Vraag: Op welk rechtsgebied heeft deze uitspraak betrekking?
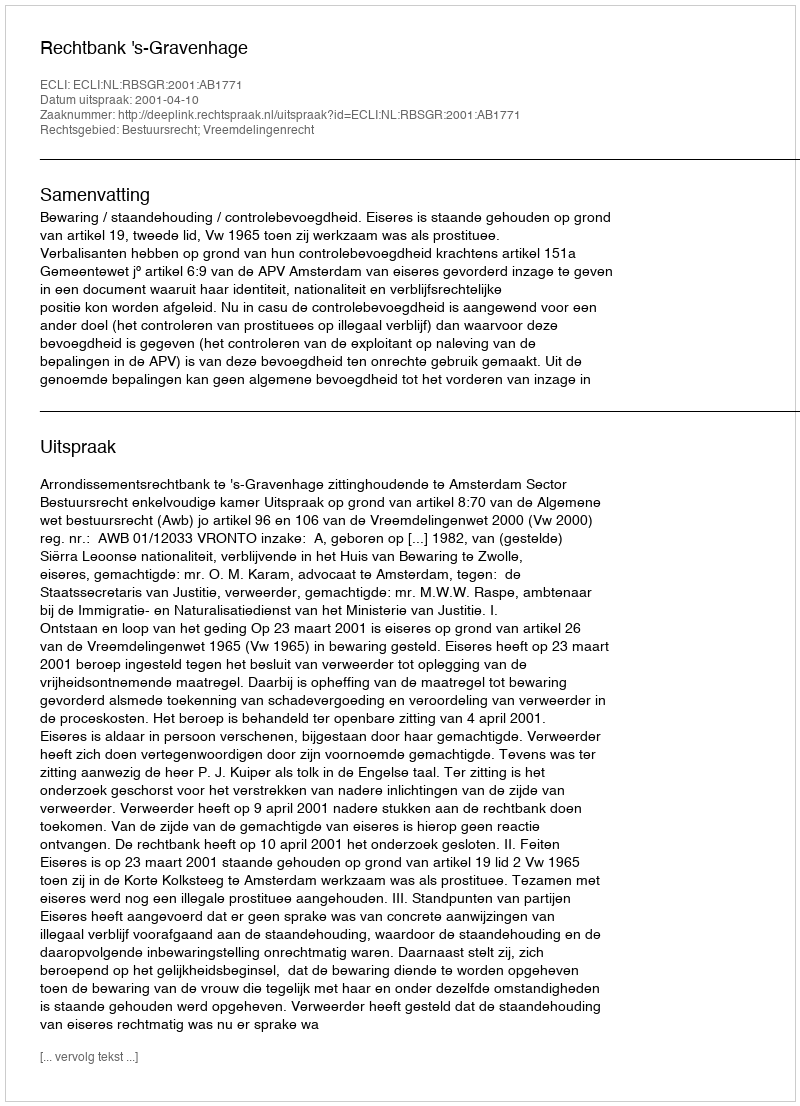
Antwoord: Bestuursrecht; Vreemdelingenrecht